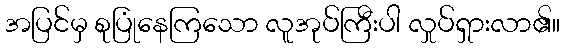
အပြင်မှ စုပြုံနေကြသော လူအုပ်ကြီးပါ လှုပ်ရှားလာ၏။